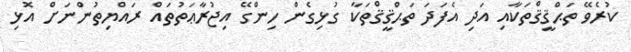
ކުރެވޭ ތަޙްޤީޤްތަކާއި އަދި އެފަދަ ތަޙްޤީޤްތަކާ ގުޅިގެން ހިންގޭ އިޖުރާޢަތުތައް ރައްޔިތުންނަށް އޮޅި